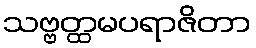
သဗ္ဗတ္ထမပရာဇိတာ